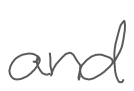
Text: and
Cross-out: clean
Writing tool: digital_gray